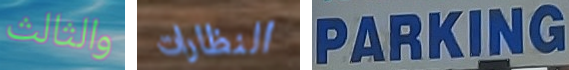
والثالث النظارات PARKING